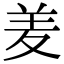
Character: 𮊢